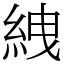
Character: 絏